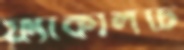
ফ্যাকালটি